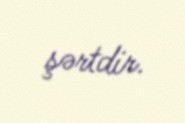
şərtdir.